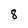
Character: 8